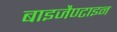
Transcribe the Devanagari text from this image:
बाइजैण्टाइन